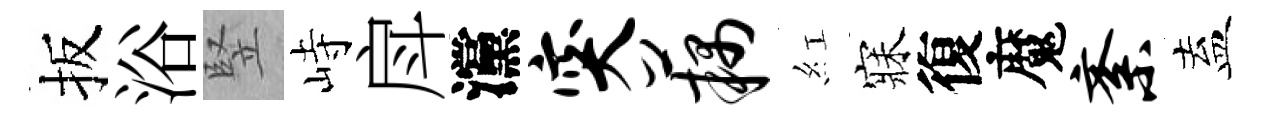
扳浴竪峙戽灙突藕紅寐復魔紊盍